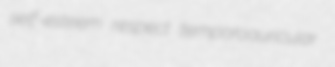
self-esteem respect temporoauricular